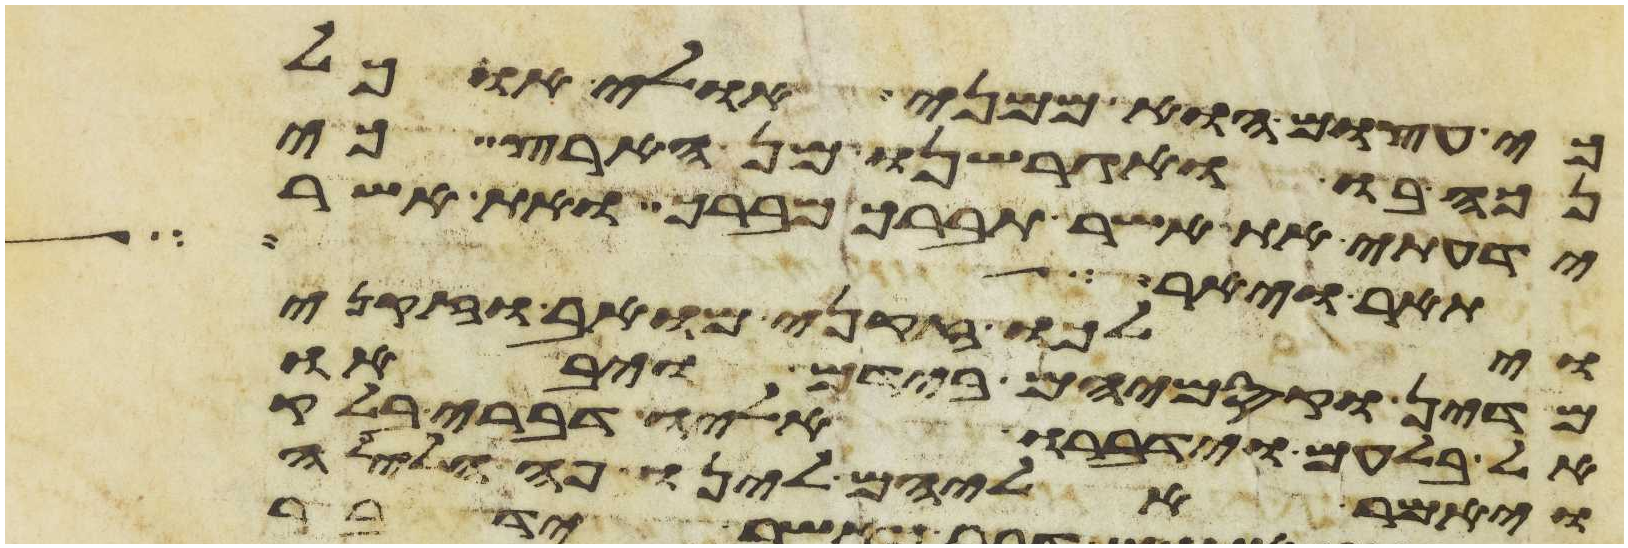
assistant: כי עצום הוא ממני אולי אוכל
נכה בו ואגרשנו מן הארץ כי
ידעתי את אשר תברך מברך ואת אשר
תאר ויאר
וילכו זקני מואב וזקני
מדין וקסמיהם בידם ויבאו
אל בלעם וידברו אליו דברי בלק
ויאמר אליהם לינו פה הלילה